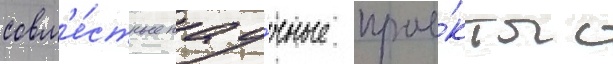
совм'е́стные нау́чные прое́кты с